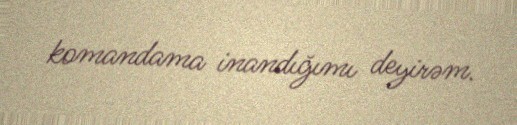
komandama inandığımı deyirəm.